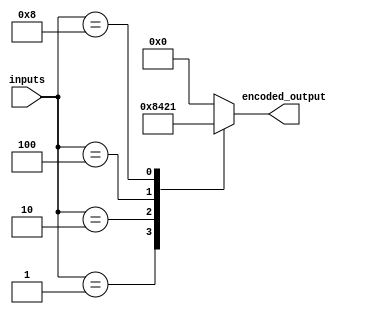
module priority_encoder (
    input [3:0] inputs,
    output reg [3:0] encoded_output
);

always @(*) begin
    case(inputs)
        4'b0001: encoded_output = 4'b1000;
        4'b0010: encoded_output = 4'b0100;
        4'b0100: encoded_output = 4'b0010;
        4'b1000: encoded_output = 4'b0001;
        default: encoded_output = 4'b0000;
    endcase
end

endmodule